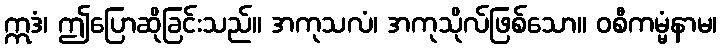
ဣဒံ၊ ဤပြောဆိုခြင်းသည်။ အကုသလံ၊ အကုသိုလ်ဖြစ်သော။ ဝစီကမ္မံနာမ၊